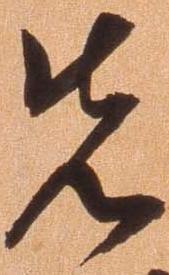
先